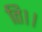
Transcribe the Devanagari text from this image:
ति।।